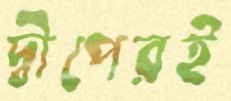
দ্বীপেরই